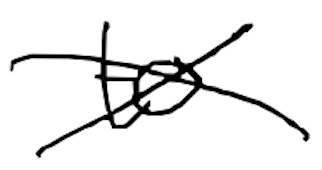
Text: to
Cross-out: mix
Writing tool: digital_black